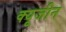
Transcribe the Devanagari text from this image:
क्यूजीन